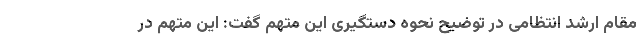
مقام ارشد انتظامی در توضیح نحوه دستگیری این متهم گفت: این متهم در